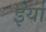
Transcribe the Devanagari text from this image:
ईर्या